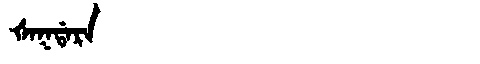
Manchu: ᡧᠠᡴᡩᠠᡵᠠ
Romanization: ŠAKDARA